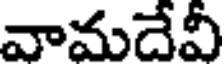
వామదేవీ